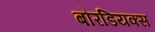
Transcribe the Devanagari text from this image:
बौरडियक्स